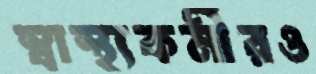
স্বাস্থ্যকর্মীরও